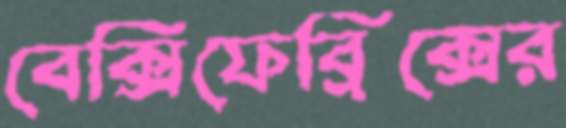
বেক্সিফেব্রিক্সের